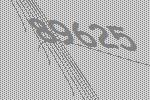
89625